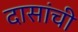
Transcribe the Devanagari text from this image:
दासांची